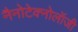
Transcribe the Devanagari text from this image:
नैनोटेक्नोलॉजी